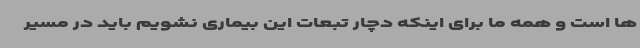
ها است و همه ما برای اینکه دچار تبعات این بیماری نشویم باید در مسیر